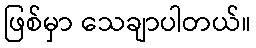
ဖြစ်မှာ သေချာပါတယ်။